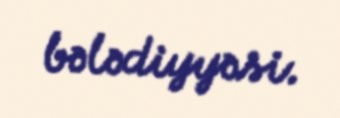
bələdiyyəsi.